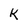
Character: k